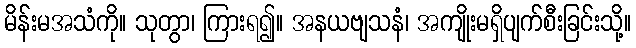
မိန်းမအသံကို။ သုတွာ၊ ကြားရ၍။ အနယဗျသနံ၊ အကျိုးမရှိပျက်စီးခြင်းသို့။